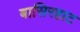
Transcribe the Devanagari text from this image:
बासिरहाट